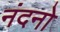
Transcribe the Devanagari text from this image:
नंदनो